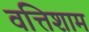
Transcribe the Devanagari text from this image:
वत्तिशाम